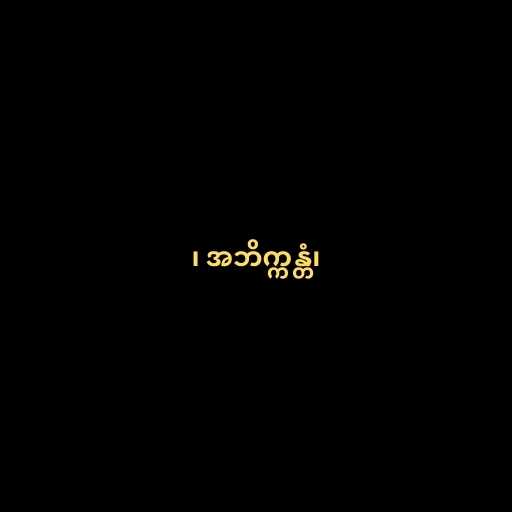
၊ အဘိက္ကန္တံ၊